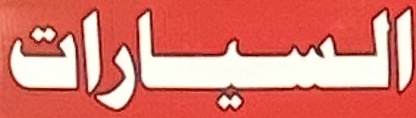
السیارات